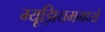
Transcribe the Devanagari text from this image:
म्यूझियममध्ये